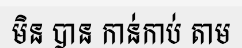
មិន បាន កាន់កាប់ តាម